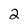
Character: 2